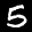
Label: 5